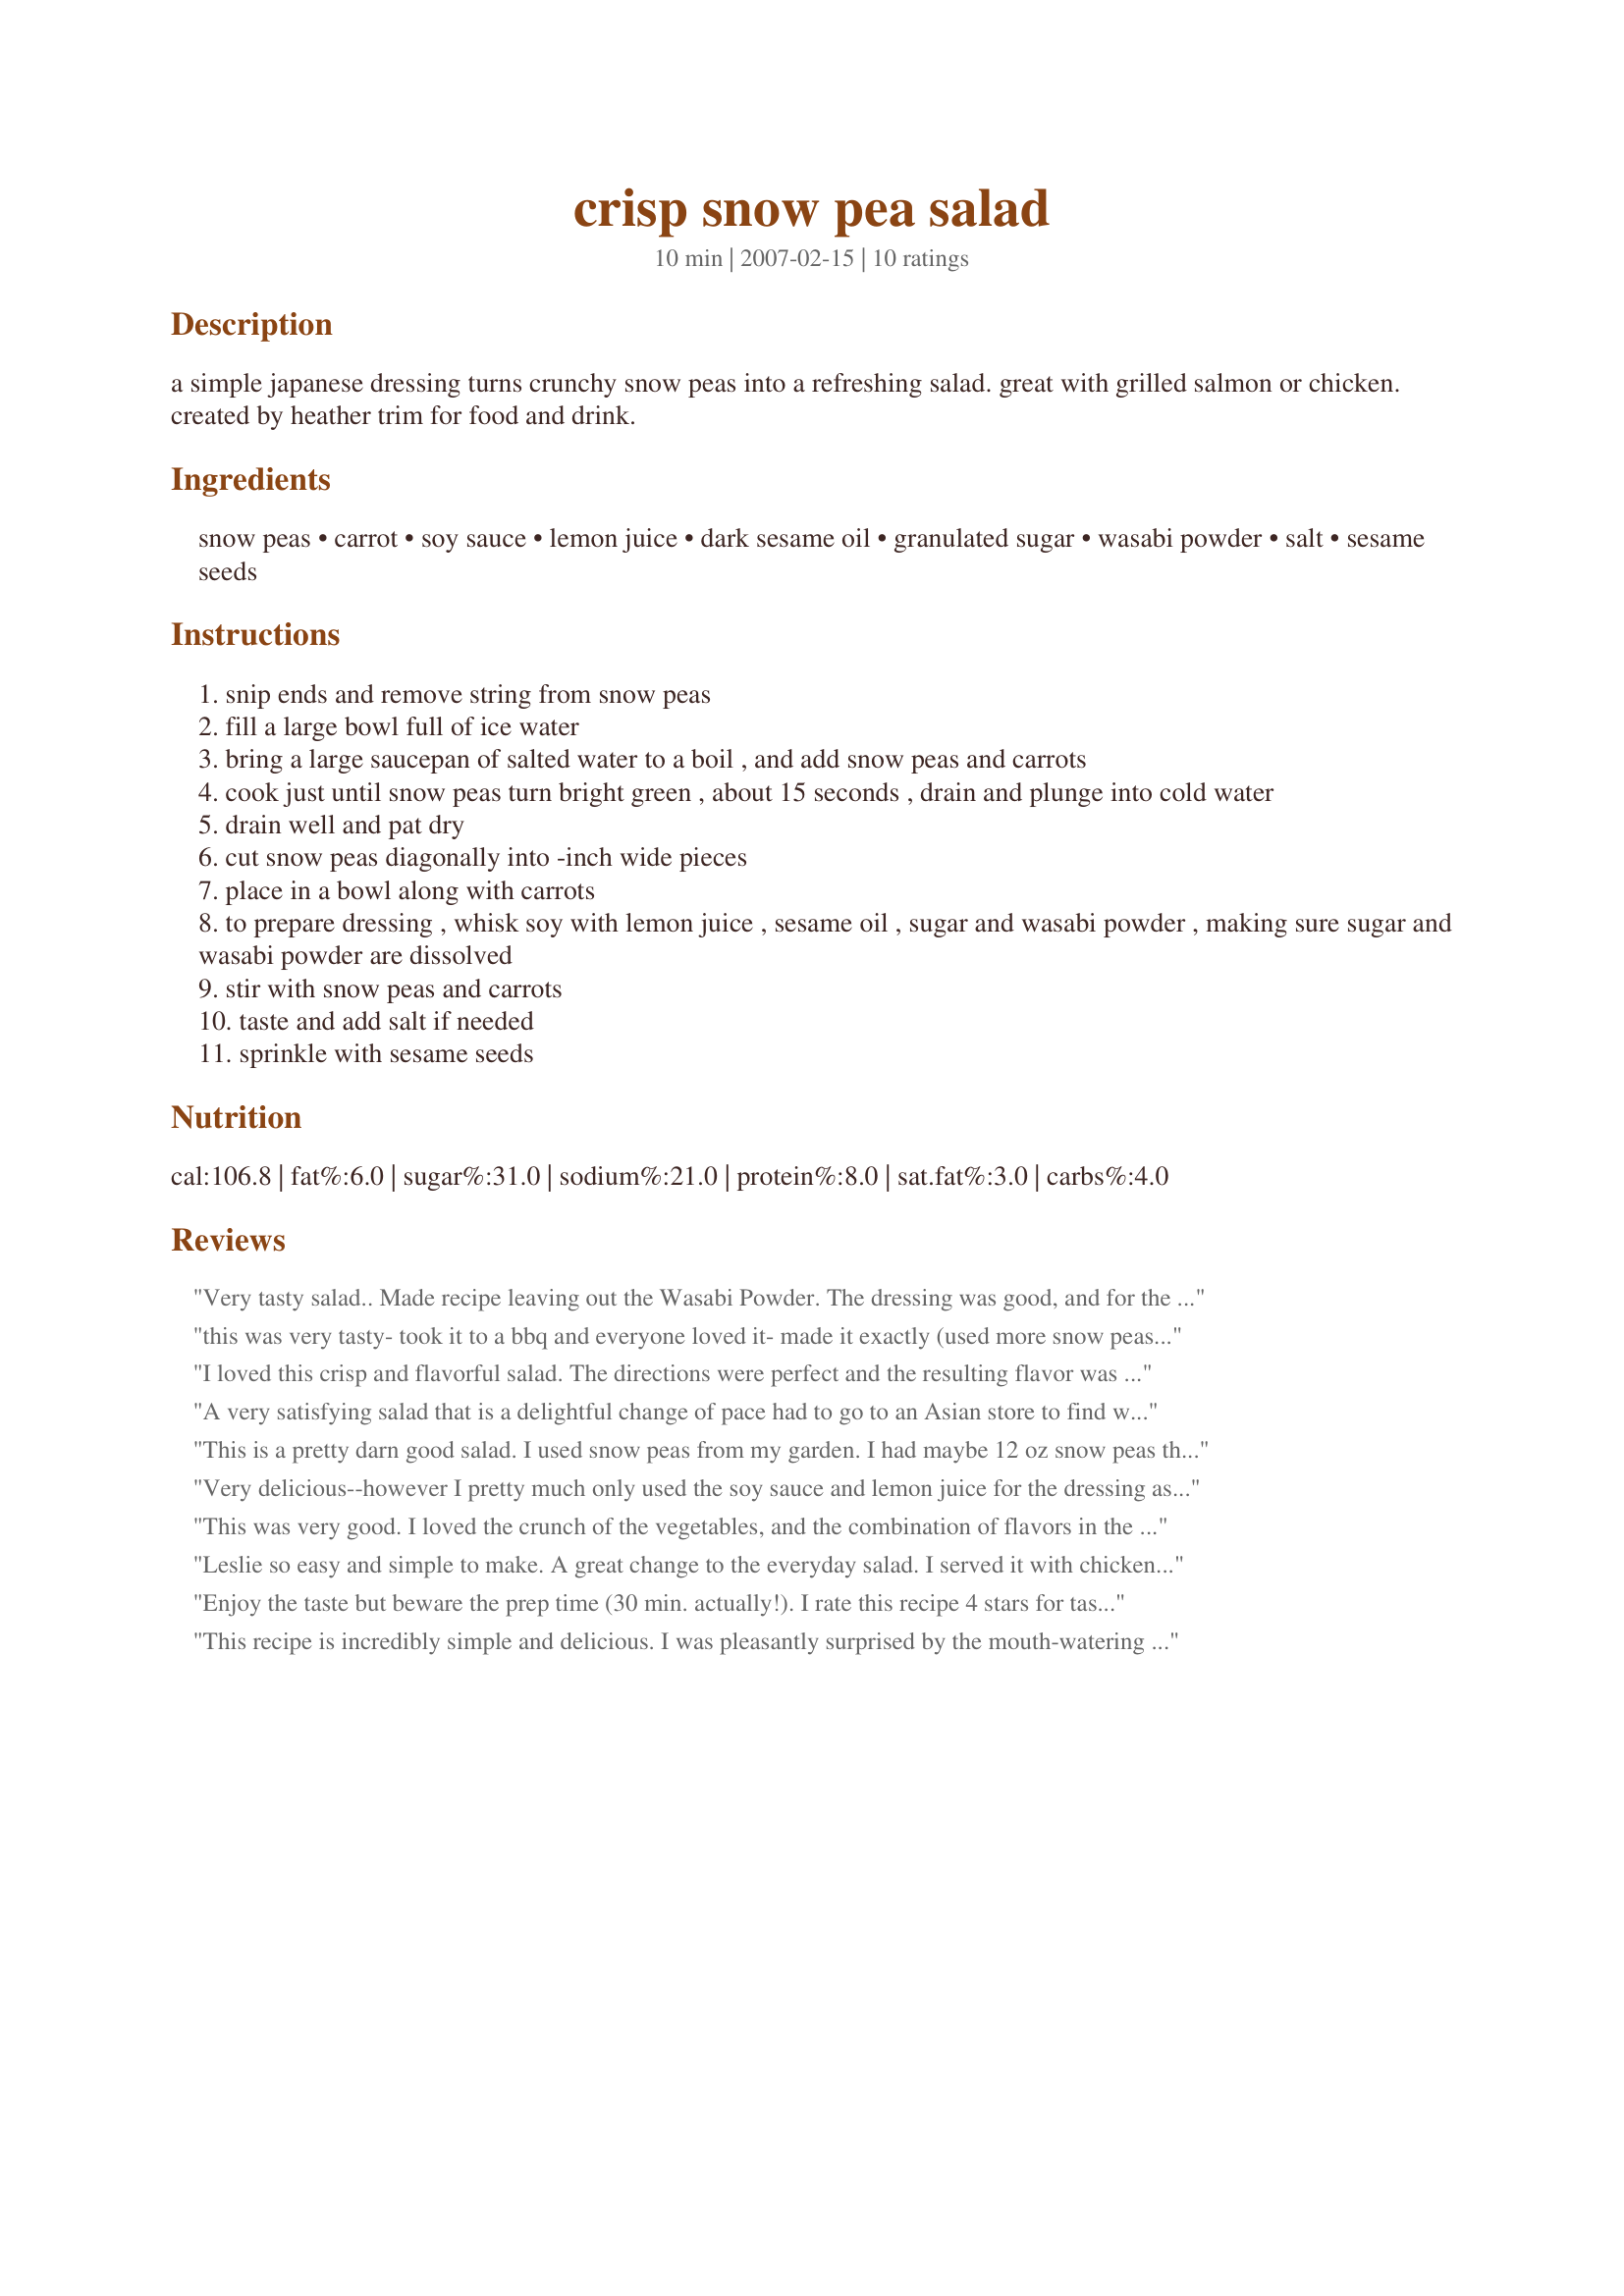
crisp snow pea salad
Preparation time: 10 minutes

a simple japanese dressing turns crunchy snow peas into a refreshing salad. great with grilled salmon or chicken. created by heather trim for food and drink.

Ingredients:
snow peas, carrot, soy sauce, lemon juice, dark sesame oil, granulated sugar, wasabi powder, salt, sesame seeds

Steps:
snip ends and remove string from snow peas
fill a large bowl full of ice water
bring a large saucepan of salted water to a boil , and add snow peas and carrots
cook just until snow peas turn bright green , about 15 seconds , drain and plunge into cold water
drain well and pat dry
cut snow peas diagonally into -inch wide pieces
place in a bowl along with carrots
to prepare dressing , whisk soy with lemon juice , sesame oil , sugar and wasabi powder , making sure sugar and wasabi powder are dissolved
stir with snow peas and carrots
taste and add salt if needed
sprinkle with sesame seeds

Reviews:
Very tasty salad.. Made recipe leaving out the Wasabi Powder. The dressing was good, and for the 8 of us I got 6 thumbs up. Next time I will make this with the wasabi powder, and update. Made for I recommend.
this was very tasty- took it to a bbq and everyone loved it- made it exactly (used more snow peas and carrots than called for though)- the dressing was very different and delicious! thank you for giving me another option for all the snow peas in my garden right now!
I loved this crisp and flavorful salad. The directions were perfect and the resulting flavor was delicious. I loved the texture of the crispy snow peas and carrots and the flavor of the sesame oil and hint of spice due to the wasabi powder. Simple and satisfying. Thanks! ~Made for the ZWT6 Zee Zany Zesty Cookz~
A very satisfying salad that is a delightful change of pace had to go to an Asian store to find wasabi powder but I'm so glad I did as it really does make the dressing. This would be good for family get-togethers and pot lucks if I pack the dressing and veggies separately and then dress at the last minute. Thanks for the post.
This is a pretty darn good salad. I used snow peas from my garden. I had maybe 12 oz snow peas this time, and some extra carrots I needed to use up, so the veggie ratio was a little different. The wasabi is not pungent at this level, but I think if you add too much, you may lose the delicate flavors of the veggies.
Very delicious--however I pretty much only used the soy sauce and lemon juice for the dressing as I was missing all the other ingredients..still absolutely wonderful!
This was very good. I loved the crunch of the vegetables, and the combination of flavors in the dressing. I'll be making this again! Made for the Seasoned Sailor and his Sassy Sirens, ZWT6.
Leslie so easy and simple to make.
A great change to the everyday salad. I served it with chicken and it was great the family really enjoyed it, they especialy liked the fact it had toasted sesame seeds on top. I did have trouble finding the wasai powder and had to use prepared wasabi from a tube. I was very careful and not sure how much to use, so I only used a little under 1/4 teaspoon. Everything else I followed to the recipe, it was as refreshing and crisp as you said ~Leslie~ so thanks for a great recipe. One to keep for summer!!
Enjoy the taste but beware the prep time (30 min. actually!). I rate this recipe 4 stars for taste but 2 stars for incorrect prep time listed and a few other detractors. I substituted honey for the sugar and added a bit more wasabe since 1/2 tsp doesn&#039;t even leave a hint of wasabe flavor, and I wanted only a hint. However, the prep time of 10 minutes is wrong. It took me 30 minutes, and I didn&#039;t even do the step of removing the strings - way too much trouble! Also, drying the peas after submerging in ice water (to stop the blanching process) took some time - spreading out on towels to soak up excess water. Lastly, the lemon juice discolors the peas, so if you want to make this recipe ahead of time and eat it the next day, you may not want &quot;bleach&quot; marks on the peas where they appear whitened (although this is certainly normal for lemon juice - I guess you could consider vinegar instead - but that would give a very different flavor). Hope this is helpful to someone!
This recipe is incredibly simple and delicious. I was pleasantly surprised by the mouth-watering flavor created with the combination of the lemon juice with the soy sauce. I highly recommend this recipe!
